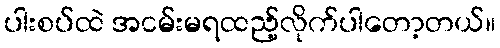
ပါးစပ်ထဲ အငမ်းမရထည့်လိုက်ပါတော့တယ်။